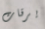
يرقات